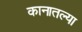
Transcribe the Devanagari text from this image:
कानातल्या